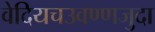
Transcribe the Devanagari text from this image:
वेदियचउवण्णजुदा